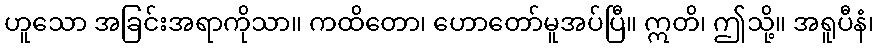
ဟူသော အခြင်းအရာကိုသာ။ ကထိတော၊ ဟောတော်မူအပ်ပြီ။ ဣတိ၊ ဤသို့။ အရူပီနံ၊